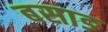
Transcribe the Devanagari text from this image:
बसाङ